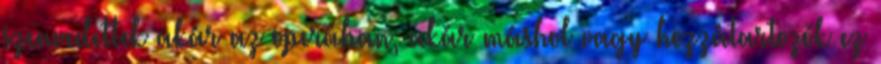
szenvedettek akár az operában, akár máshol vagy hozzátartozók ez